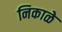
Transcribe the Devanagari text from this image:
निकाळे